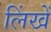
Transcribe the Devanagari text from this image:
लिंखें